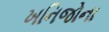
ખનિજોના